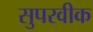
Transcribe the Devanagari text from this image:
सुपरवीक